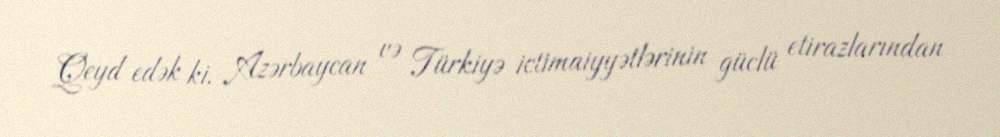
Qeyd edək ki, Azərbaycan və Türkiyə ictimaiyyətlərinin güclü etirazlarından